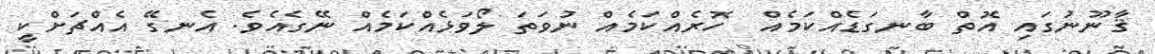
ޤާނޫނުގައި އޮތް ބާނގަޑެއްކަމެއް  ހޮރެއްކަމެއް ނުވަތަ ލޯވަޅެއްކަމެއް ނޭގެއެވެ. އެނގޭ އެއްޗަށްކީ